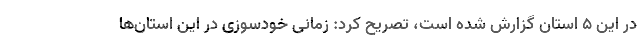
در این ۵ استان گزارش شده است، تصریح کرد: زمانی خودسوزی در این استان‌ها